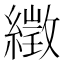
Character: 𦅣